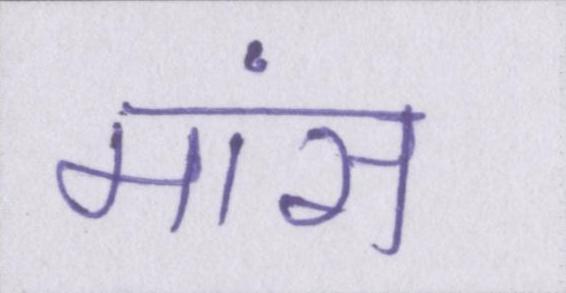
मांस